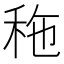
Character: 𥞀